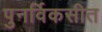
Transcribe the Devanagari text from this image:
पुनर्विकसीत